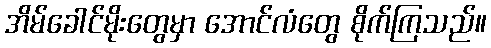
အိမ်ခေါင်မိုးတွေမှာ အောင်လံတွေ စိုက်ကြသည်။